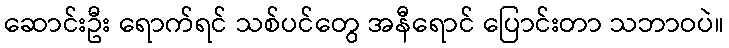
ဆောင်းဦး ရောက်ရင် သစ်ပင်တွေ အနီရောင် ပြောင်းတာ သဘာဝပဲ။